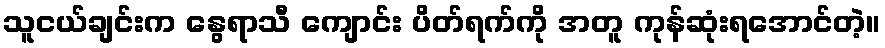
သူငယ်ချင်းက နွေရာသီ ကျောင်း ပိတ်ရက်ကို အတူ ကုန်ဆုံးရအောင်တဲ့။